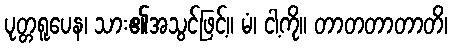
ပုတ္တရူပေန၊ သား၏အသွင်ဖြင့်။ မံ၊ ငါ့ကို။ တာတတာတာတိ၊